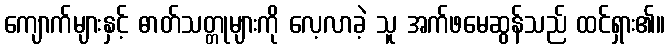
ကျောက်များနှင့် ဓာတ်သတ္တုများကို လေ့လာခဲ့ သူ အက်ဖမေဆွန်သည် ထင်ရှား၏။